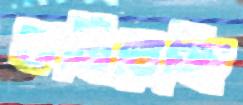
কমিরেড্ডি